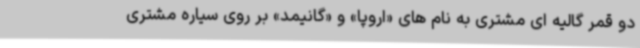
دو قمر گالیه ای مشتری به نام های «اروپا» و «گانیمد» بر روی سیاره مشتری